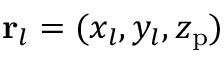
{ \bf r } _ { l } = ( x _ { l } , y _ { l } , z _ { \mathrm { p } } )